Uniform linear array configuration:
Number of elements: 24
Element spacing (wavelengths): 0.5
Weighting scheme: hann
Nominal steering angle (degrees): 45
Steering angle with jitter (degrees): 46.978
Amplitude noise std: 0.05
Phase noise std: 0.05

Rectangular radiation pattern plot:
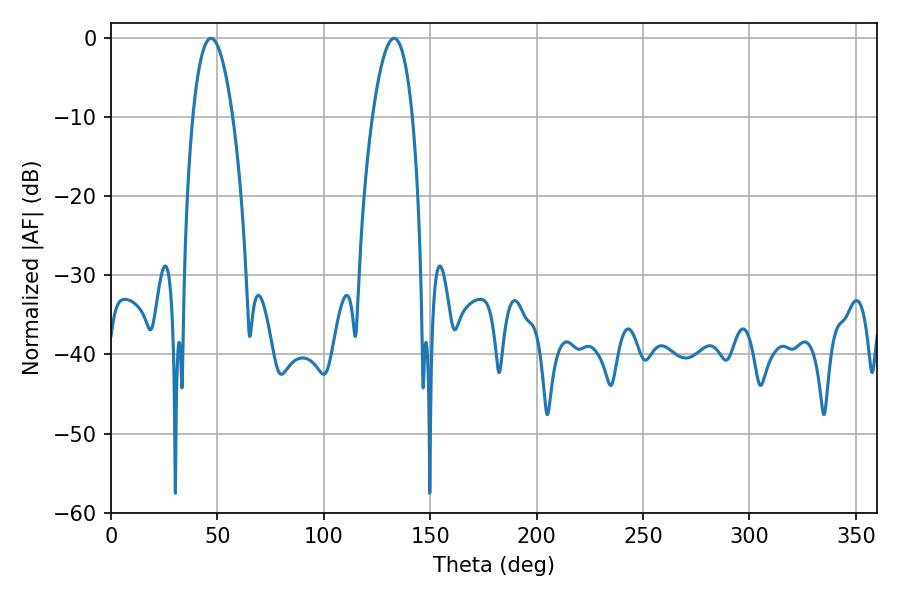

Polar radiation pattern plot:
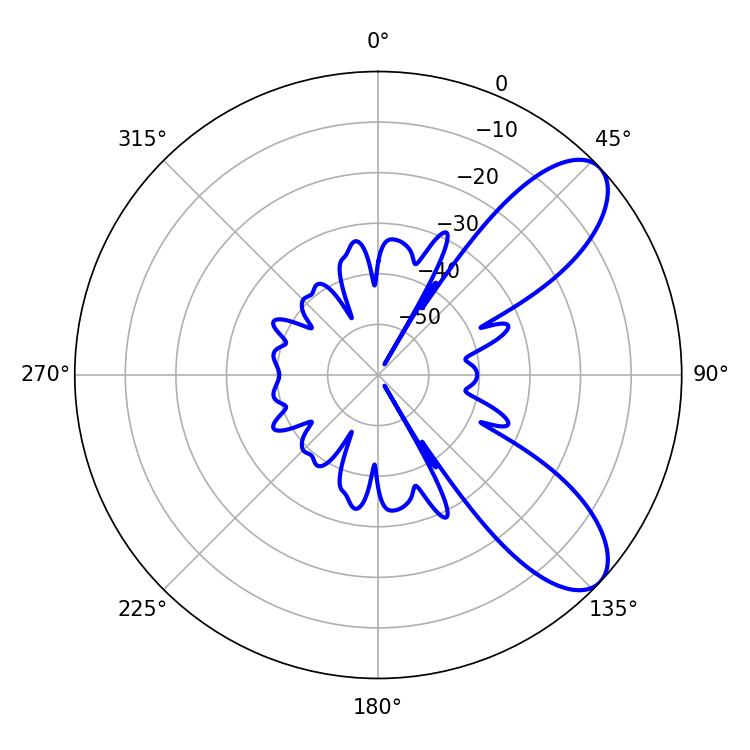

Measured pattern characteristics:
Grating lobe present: FALSE
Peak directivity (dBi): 8.456
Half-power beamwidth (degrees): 10.26
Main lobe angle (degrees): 46.98